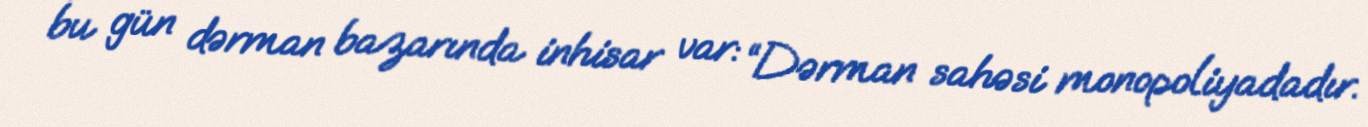
bu gün dərman bazarında inhisar var: “Dərman sahəsi monopoliyadadır.